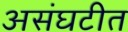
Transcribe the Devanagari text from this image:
असंघटीत